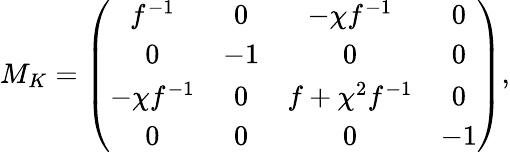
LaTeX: M_{K}=\left(\begin{array}{cccc}{{f^{-1}}}&{{0}}&{{-\chi f^{-1}}}&{{0}}\\ {{0}}&{{-1}}&{{0}}&{{0}}\\ {{-\chi f^{-1}}}&{{0}}&{{f+\chi^{2}f^{-1}}}&{{0}}\\ {{0}}&{{0}}&{{0}}&{{-1}}\end{array}\right),